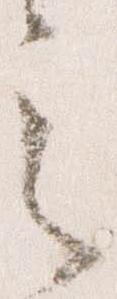
之